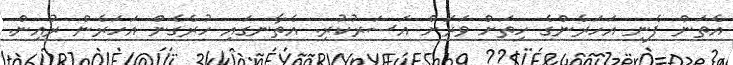
އެތަން ފެނި އަހަރެންގެ ހިތަށް ވަރަށް އަސަރުކުރި. އެތާނގައި ހުރެގެން އަހަރެން ރުއިން.